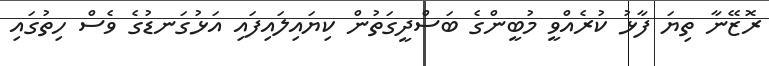
ރޮޒޭނާ ތިޔަ ފާޅު ކުރެއްވީ މުބީންގެ ބަސްދީގަތުން ކިޔައިލައިފައި އަޅުގަނޑުގެ ވެސް ހިތުގައި